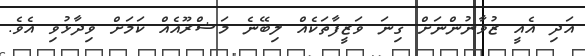
އަދި އެއީ ޒުވާނުންނަށް ގިނަ ވަޒީފާތަކެއް ލިބޭނެ މަޝްރޫއެއް ކަމަށް ވިދާޅުވި އެވެ.